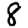
Digit: 8